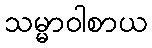
သမ္မာဝါစာယ